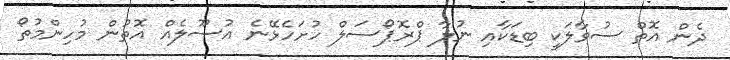
ދެން އޮތް ސުވާލަކީ ބިޑަކާއި ނުލާ ޕްރޮޕޯސަލް ހުށަހެޅޭނެ އުސޫލެއް އޮތުން މުހިންމުތޯ